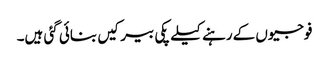
فوجیوں کےرہنے کیلے پکی بیرکیں بنائی گئی ہیں۔